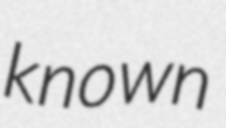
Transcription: known